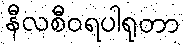
နီလစီဝရပါရုတာ